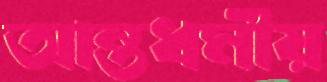
আন্তধর্মীয়